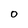
Character: O